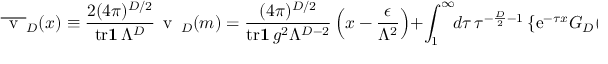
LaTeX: \overline { { { \mathrm { \Large ~ v ~ } } } } _ { D } ( x ) \equiv { \frac { 2 ( 4 \pi ) ^ { D / 2 } } { { \mathrm { t r } } { \bf 1 } \, \Lambda ^ { D } } } { \mathrm { \Large ~ v ~ } } _ { D } ( m ) = { \frac { ( 4 \pi ) ^ { D / 2 } } { { \mathrm { t r } } { \bf 1 } \, g ^ { 2 } \Lambda ^ { D - 2 } } } \left( x - { \frac { \epsilon } { \Lambda ^ { 2 } } } \right) + \int _ { 1 } ^ { \infty } \! \! d \tau \, \tau ^ { - { \frac { D } { 2 } } - 1 } \left\{ { \mathrm e } ^ { - \tau x } G _ { D } ( \tau { \cal F } ) - 1 \right\} \ .